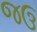
જઉ